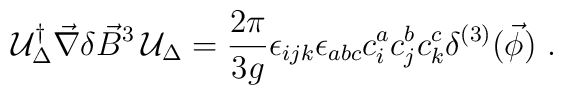
{\cal U}_{\Delta}^{\dagger} \vec{\nabla}  \delta\vec{B}^{3} \,{\cal U}_{\Delta} =\frac{2 \pi}{3g} \epsilon_{ijk} \epsilon_{abc} c_{i}^{a}c_{j}^{b} c_{k}^{c} \delta^{(3)} (\vec{\phi} ) \ .